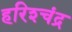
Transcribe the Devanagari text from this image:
हरिश्‍चंद्र